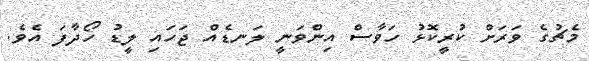
މެޗުގެ ވަރަށް ކުރީކޮޅު ހަވާސް އިންވަނީ ލަނޑެއް ޖަހައި ލީޑު ހޯދާފަ އެވެ.